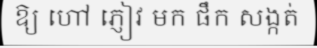
ឱ្យ ហៅ ភ្ញៀវ មក ផឹក សង្កត់